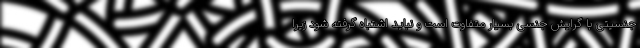
جنسیتی با گرایش جنسی بسیار متفاوت است و نباید اشتباه گرفته شود زیرا